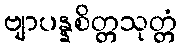
ဗျာပန္နစိတ္တသုတ္တံ